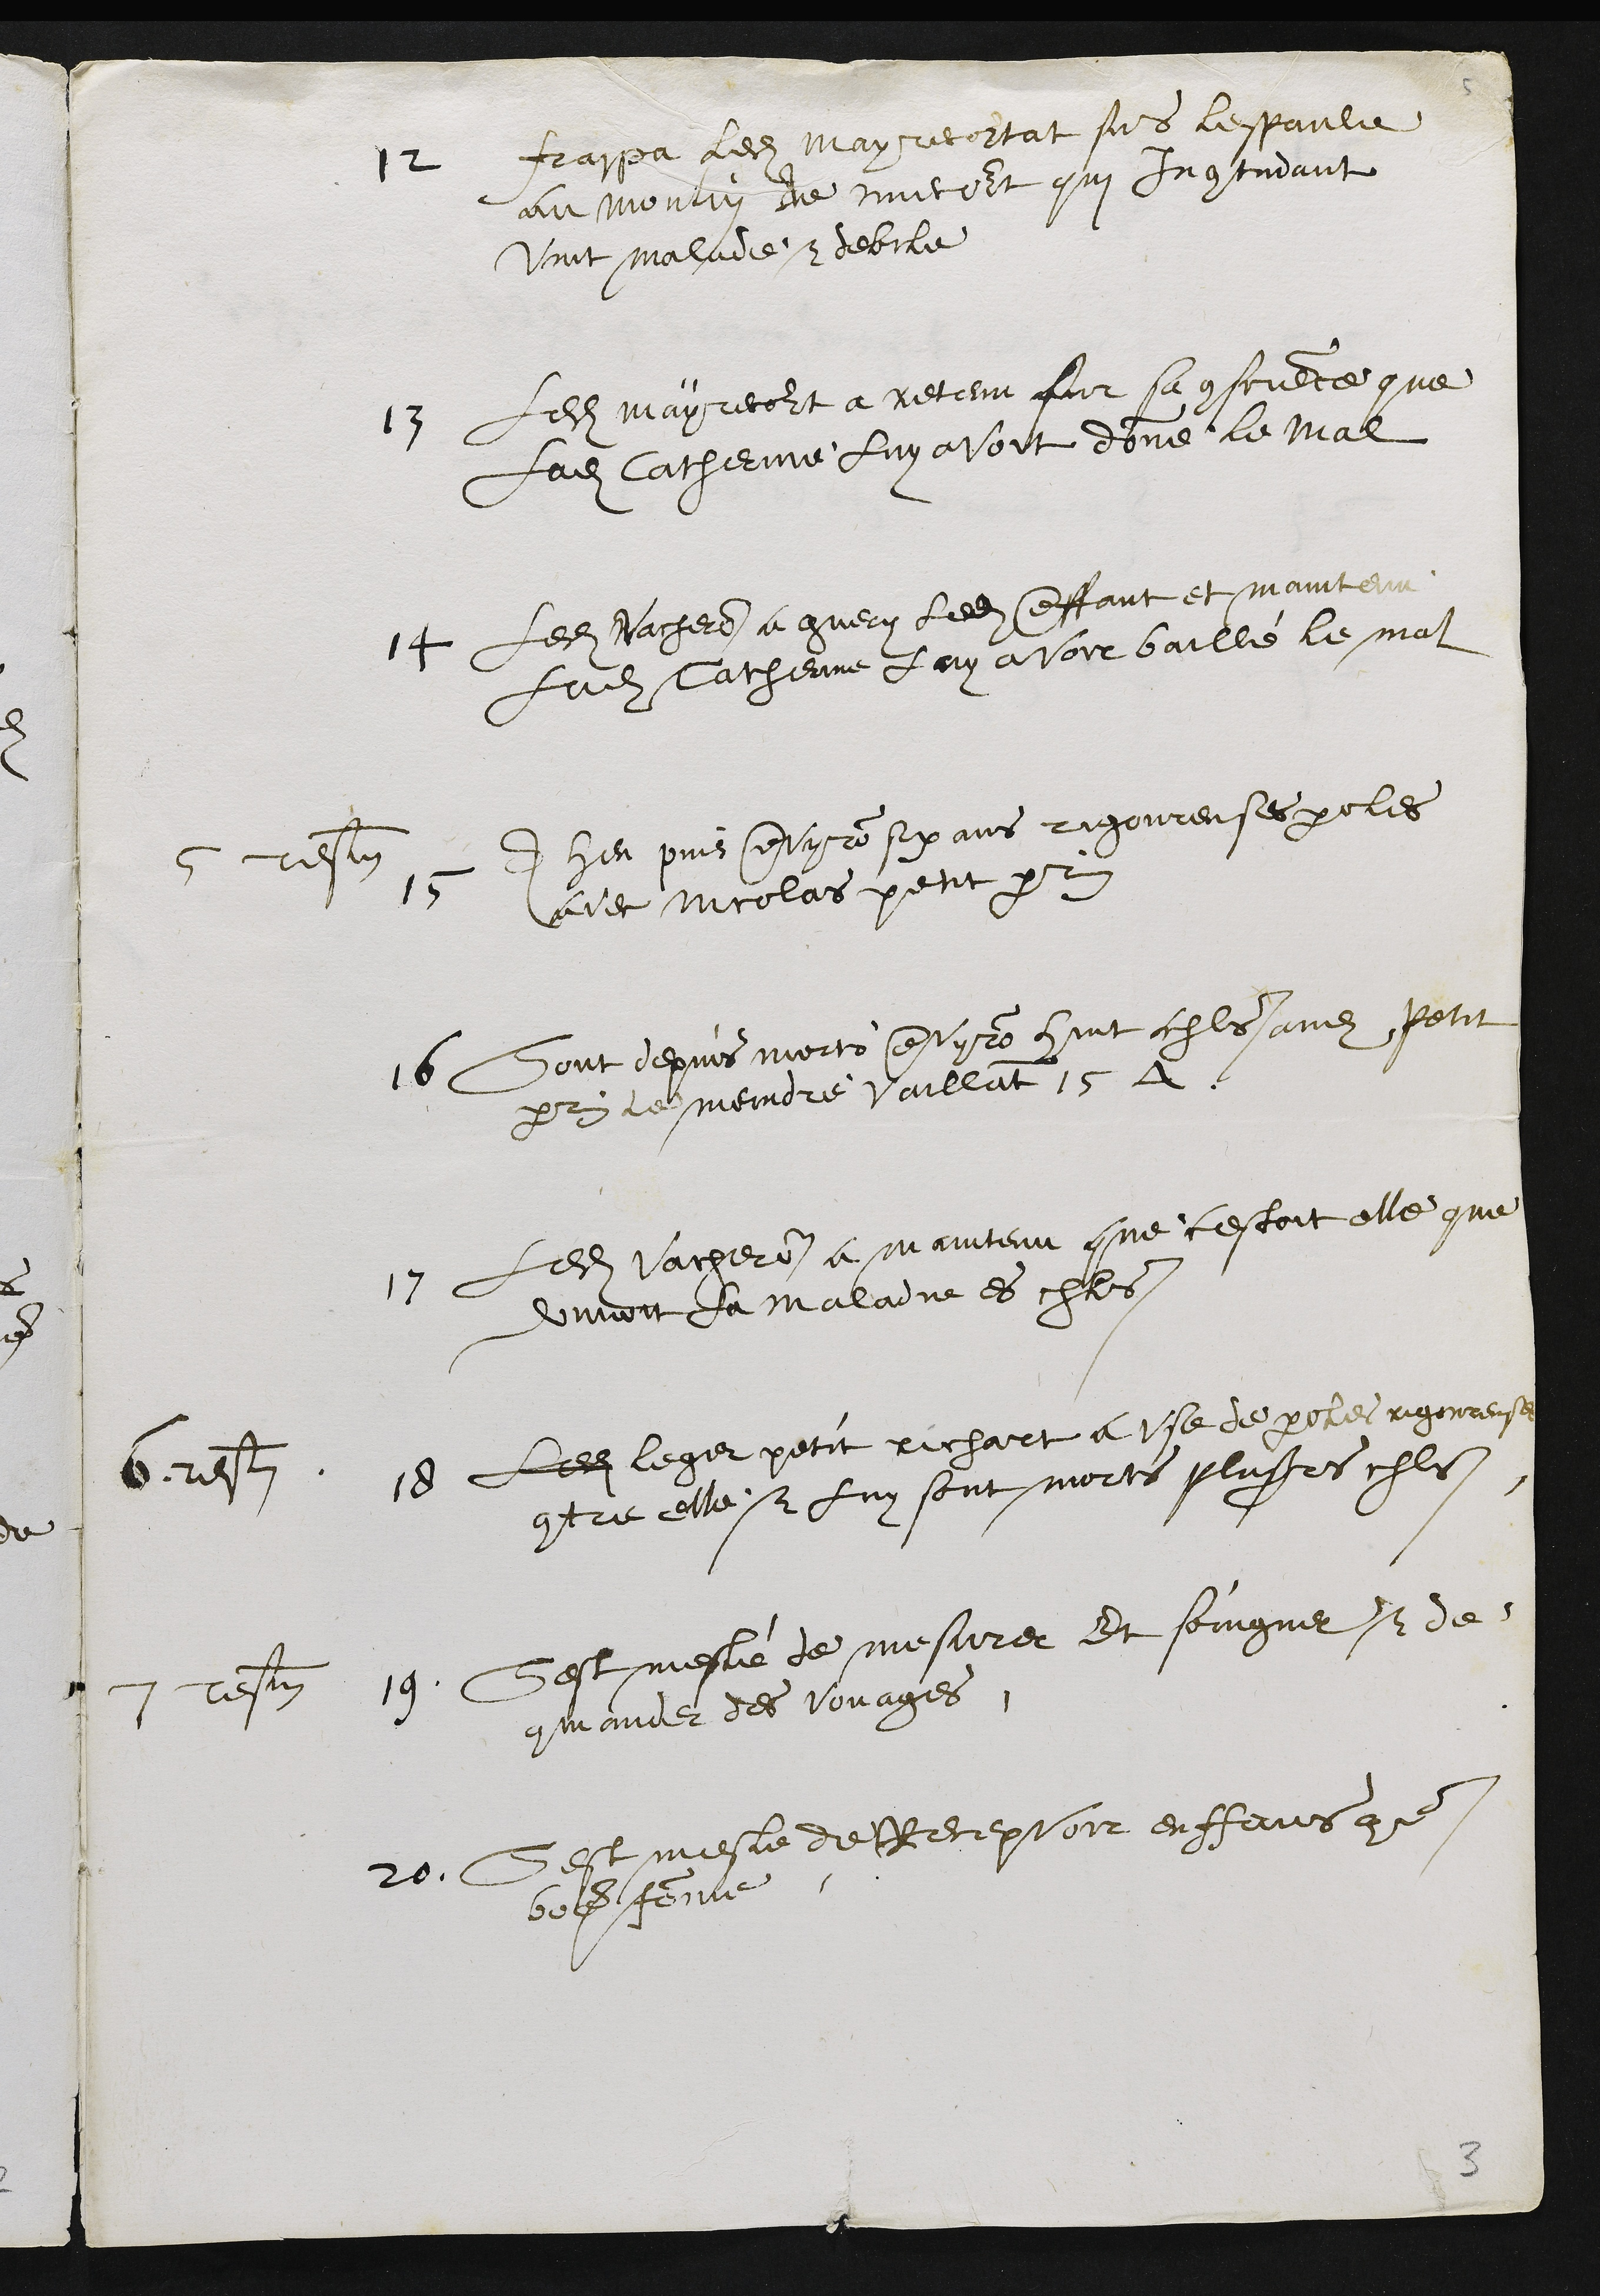
12
frappa ledit Mayrecourtat sus lespaule
au moulin de miecourt qui Incontinant
vint malade & debile
13
Ledit mayrecourt a retenu sur sa conscience que
Ladite Catherinne luy avoit donné le mal
14
Ledit Vacheron a guery ledit enffant et maintenu
Ladite Catherinne luy avoir baillé le mal
5 tesmoin
15
A heu puis environ six ans rigoureuses paroles
avec Nicolas petit perrin
16
Sont depuis morts environ huit chls audit petit
perrin le moindre vaillant 15 escu
17
Ledit Vacheron a maintenu que cestoit elle que
donnoit La maladie es chls
6 tesmoin
18
Ledit Legier petit richart a use de parolles rigoureuses
contre elle & luy sont morts plusieurs chls
7 tesmoin
19
Sest meslé de mesurer Et soingner & de
commander des voyages.
20
Sest mesle de Recepvoir enffans comme
bonne femme

3